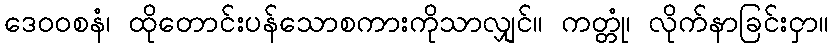
ဒေဝဝစနံ၊ ထိုတောင်းပန်သောစကားကိုသာလျှင်။ ကတ္တုံ၊ လိုက်နာခြင်းငှာ။